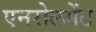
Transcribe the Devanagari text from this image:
एनरोलमेंट